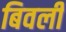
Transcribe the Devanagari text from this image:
बिवली